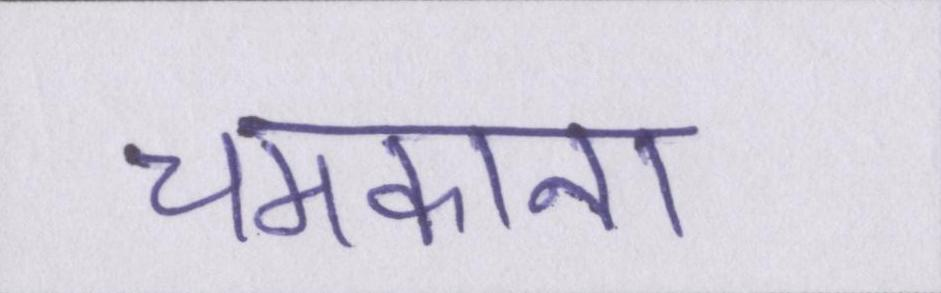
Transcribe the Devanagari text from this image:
चमकाना